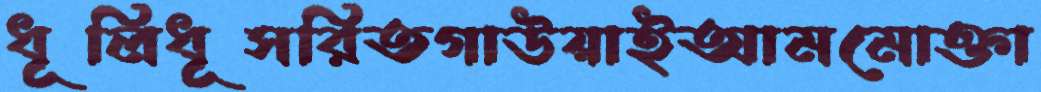
ধূলিধূসরিতগাউয়াইআমমোক্তা